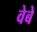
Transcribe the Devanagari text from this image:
वेबे